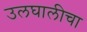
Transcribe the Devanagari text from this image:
उलघालीचा